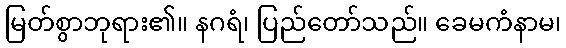
မြတ်စွာဘုရား၏။ နဂရံ၊ ပြည်တော်သည်။ ခေမကံနာမ၊